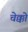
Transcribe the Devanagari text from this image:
चेक्को